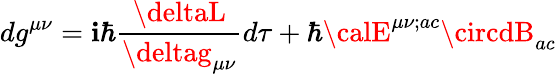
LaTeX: dg^{\mu\nu}=\mathbf{i}\hbar\frac{{\deltaL}}{{\deltag_{\mu\nu}}}d\tau+\hbar{\calE}^{\mu\nu;ac}\circdB_{ac}